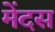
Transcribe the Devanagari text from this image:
मेंदस